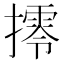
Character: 㩕